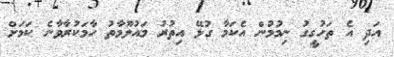
އަދި އެ ތަހުގީގު ނިމުމުން އެކަމާ ގުޅޭ އިތުރު މައުލޫމާތު ހާމަކުރާވާނެ ކަމަށް